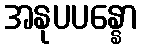
အနုပပန္နော